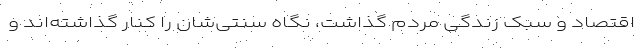
اقتصاد و سبک زندگی مردم گذاشت، نگاه سنتی‌شان را کنار گذاشته‌اند و